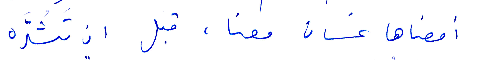
أمضاها غسان معنا. قبل أن تشدّه